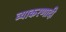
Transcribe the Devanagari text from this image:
व्याकरणादी